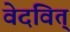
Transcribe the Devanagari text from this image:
वेदवित्